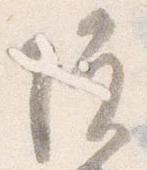
院